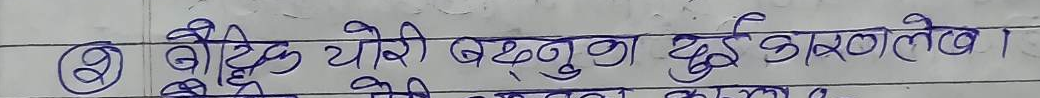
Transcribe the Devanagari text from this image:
बौद्धिक चोरी बढ्नुका दुई कारणलेख ।